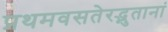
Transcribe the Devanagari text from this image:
प्रथमवसतेरद्भुतानां